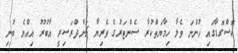
ކޮސްގޮޑާގައި ހުންނަ ވެލާ ހިމާޔަތްކުރާ ސެންޓަރުގެ ވެރިޔާ ޗަންދްރަސިރީ އާބުރޫ އިއްޔެ ބުނި